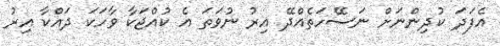
އެފަދަ ކުދިންނަށް ނަސޭހަތެއްދޭ އިރު ނުވަތަ އެ ކުއްޖަކާ ވާހަކަ ދައްކާ އިރު